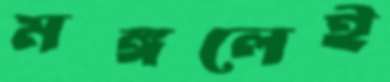
মঙ্গলেই